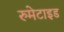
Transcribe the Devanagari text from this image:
रुमेटाइड